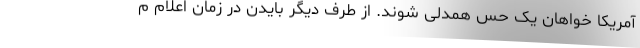
آمریکا خواهان یک حس همدلی شوند. از طرف دیگر بایدن در زمان اعلام م